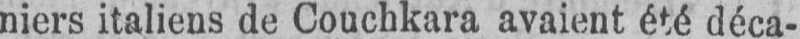
niers italiens de Couchkara avaient été déca-